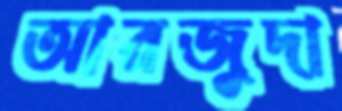
আরজুদা